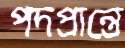
পদপ্রান্তে